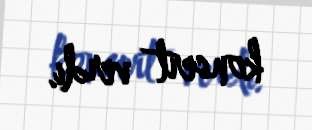
konsert verdi.